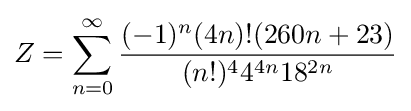
Z=\sum _{n=0}^{\infty }{\frac {(-1)^{n}(4n)!(260n+23)}{(n!)^{4}4^{4n}18^{2n}}}